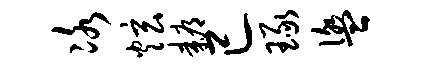
冰炫耨已琢盥